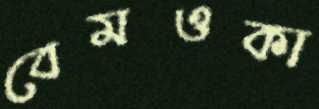
বেমওকা